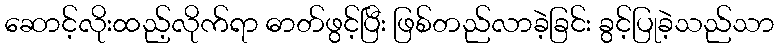
ဆောင့်လိုးထည့်လိုက်ရာ ဓာတ်ဖွင့်ပြီး ဖြစ်တည်လာခဲ့ခြင်း ခွင့်ပြုခဲ့သည်သာ